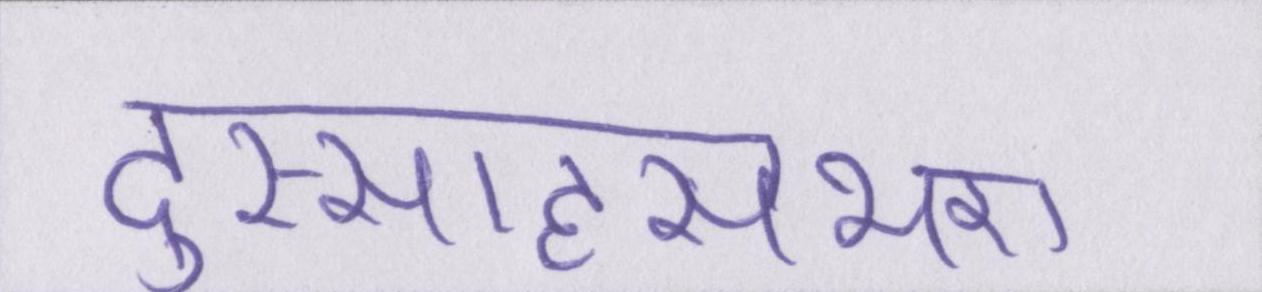
दुस्साहसभरा